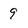
Character: 9